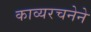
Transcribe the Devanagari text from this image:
काव्यरचनेने